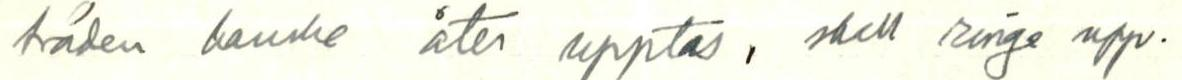
svåden kanske åter upptas, skall ringe upp.